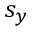
s _ { y }